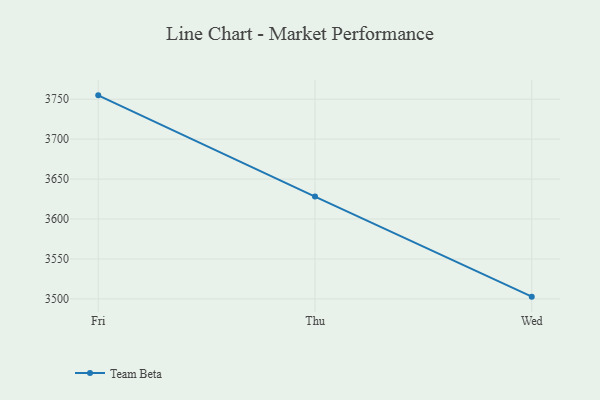
{"axis": {"x": "Day", "y": "Backlog"}, "legend": ["Team Beta"], "data": [{"x": "Fri", "y": 3754.8, "type": "Team Beta"}, {"x": "Thu", "y": 3628.1, "type": "Team Beta"}, {"x": "Wed", "y": 3502.8, "type": "Team Beta"}]}